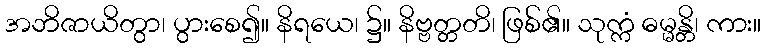
အဘိဇာယိတွာ၊ ပွားစေ၍။ နိရယေ၊ ၌။ နိဗ္ဗတ္တတိ၊ ဖြစ်၏။ သုက္ကံ ဓမ္မန္တိ၊ ကား။